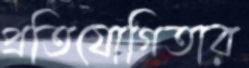
প্রতিযোগিতার